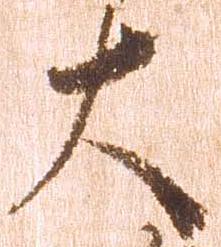
大